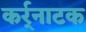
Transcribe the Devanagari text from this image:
कर्र्नाटक